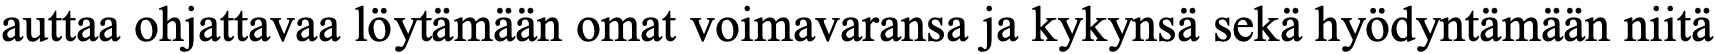
auttaa ohjattavaa löytämään omat voimavaransa ja kykynsä sekä hyödyntämään niitä